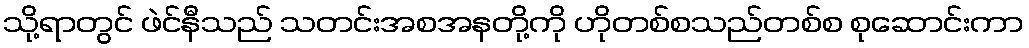
သို့ရာတွင် ဖဲင်နီသည် သတင်းအစအနတို့ကို ဟိုတစ်စသည်တစ်စ စုဆောင်းကာ